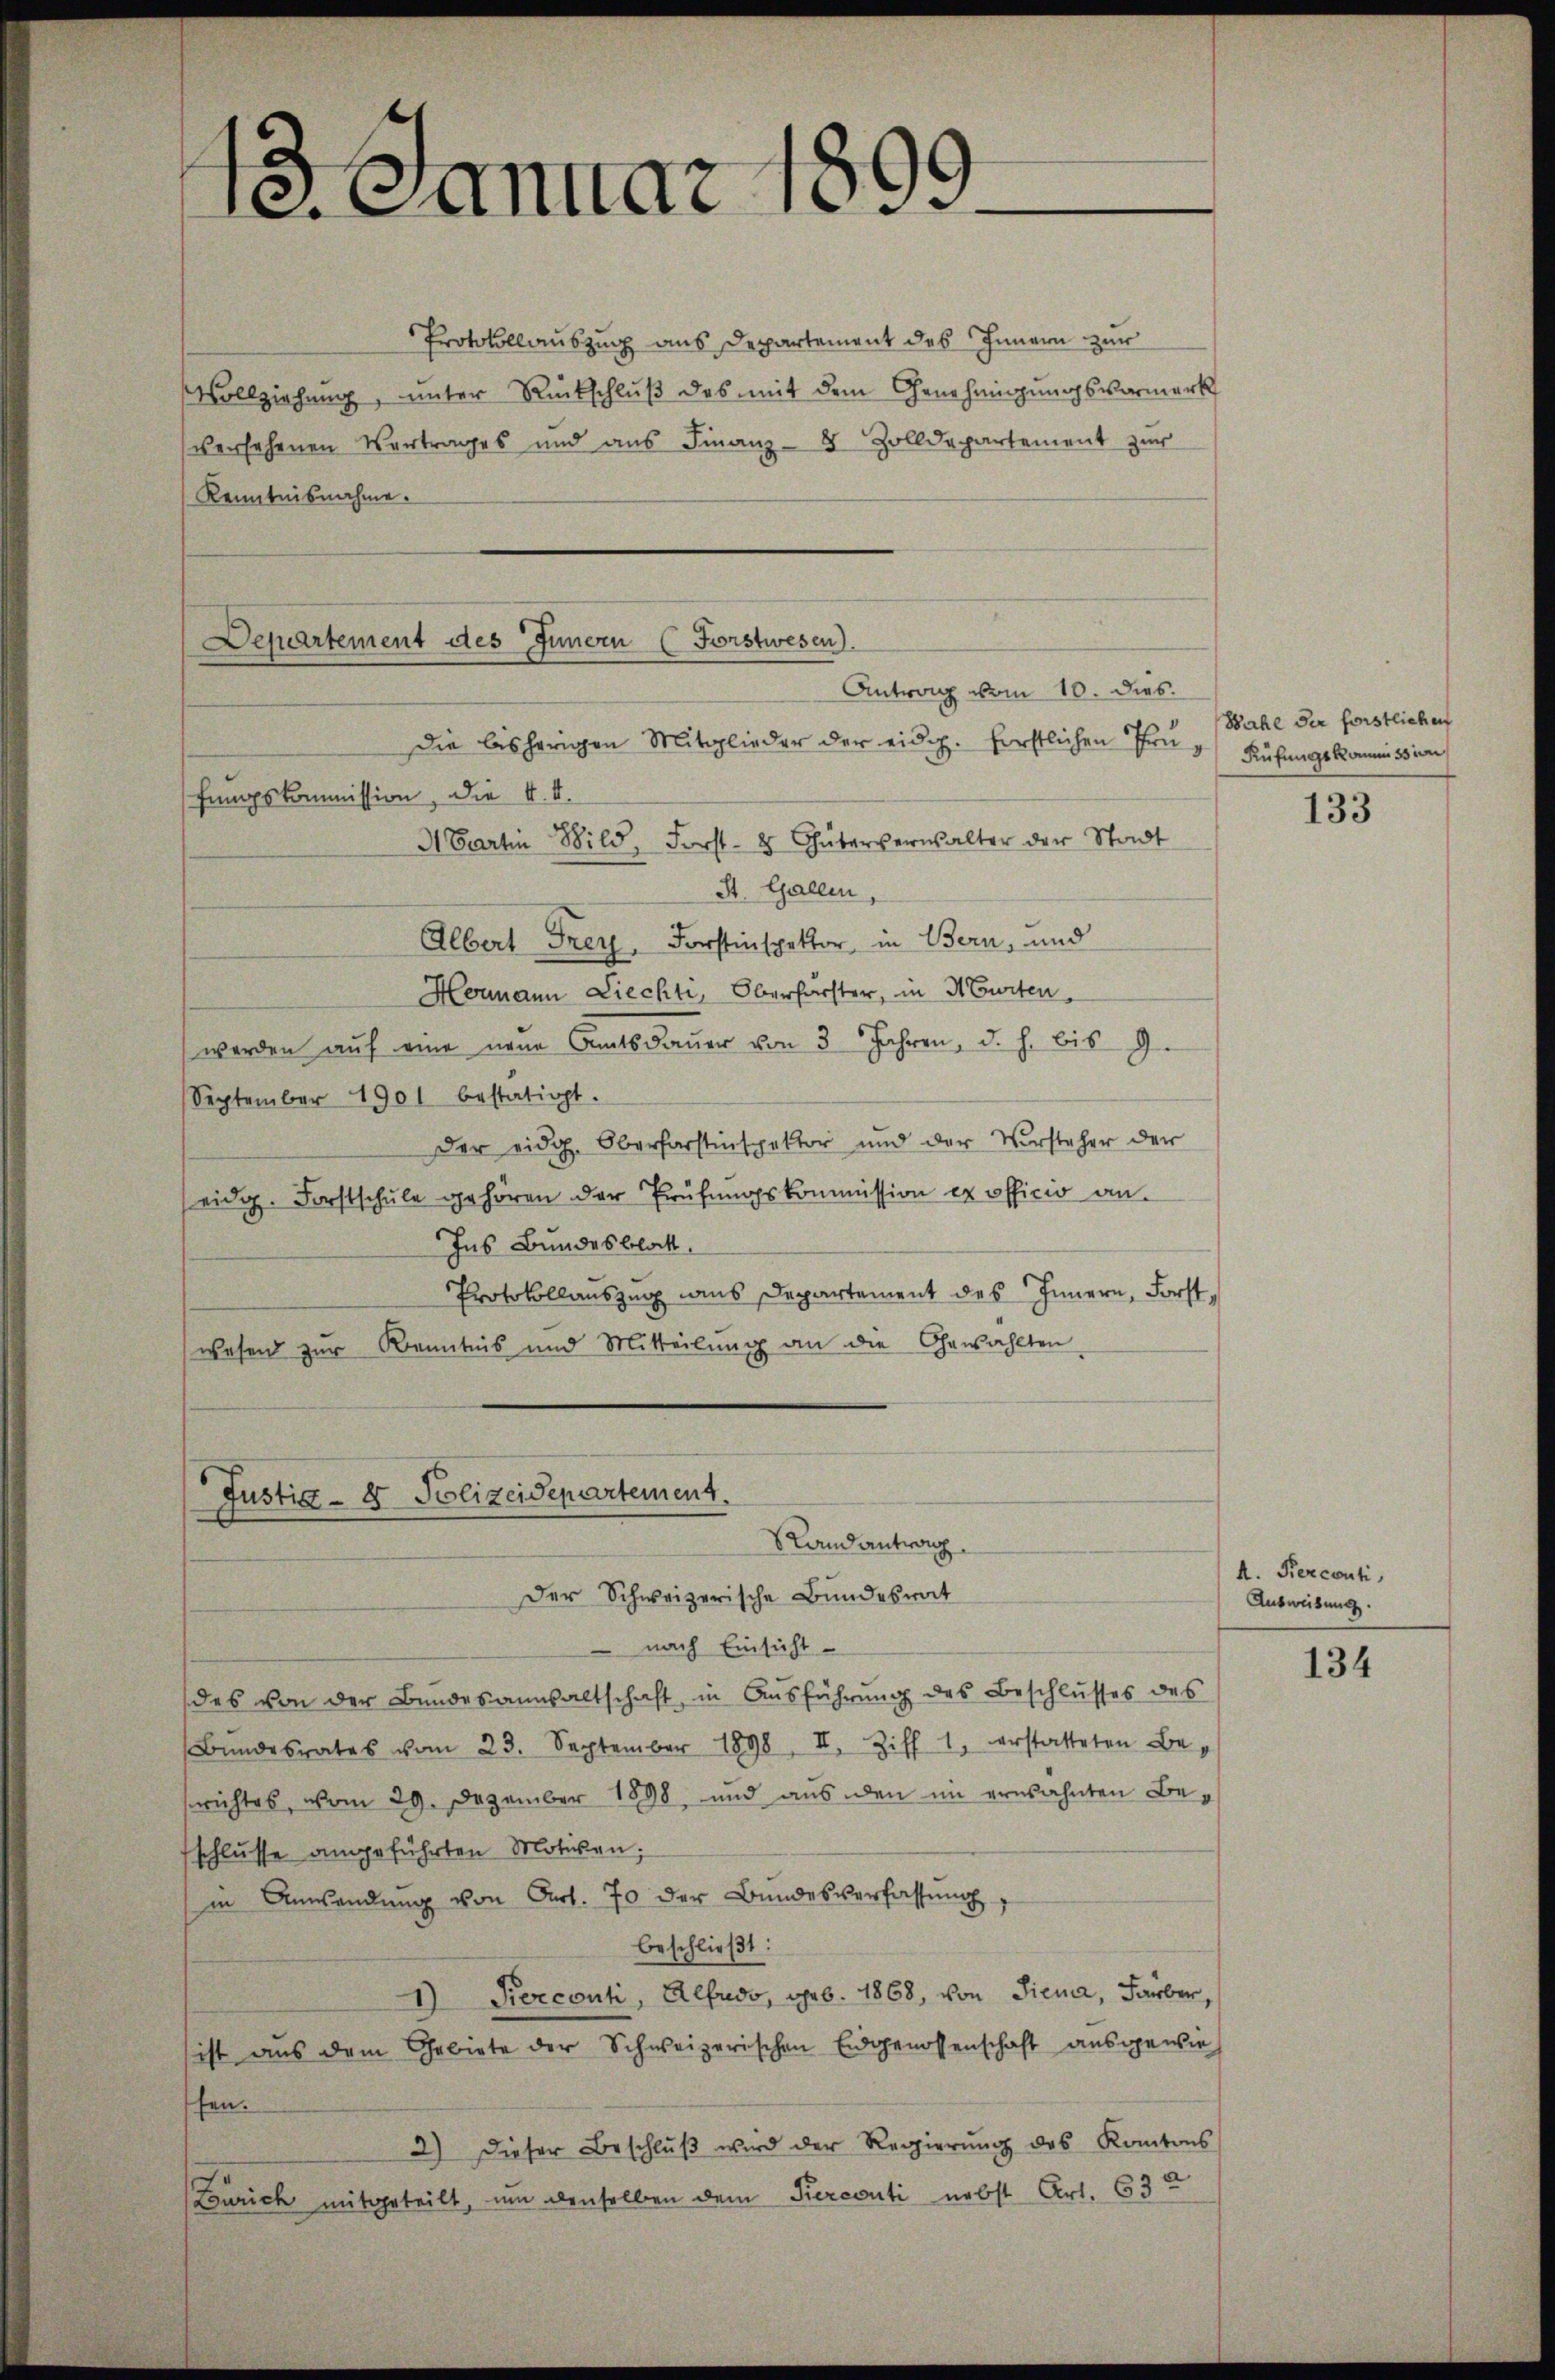
1. Januar 1899.

Departement des Innern (Forstwesen).
Antrag vom 10. dies

Martin Wild, Forst- & Güterverwalter der Stadt

Justiz- & Polizeidepartement.
SLandantrag

Protokollauszug aus Departement des Innern zur
Vollziehung, unter Rückschluß des mit dem Genehmigungsvormerk
versehenen Vertrages und aŭs Finanz- 4 Zolldepartement zur
Kenntnisnahme.

die bisherigen Mitglieder der eidg. Erstlichen Trü, Küfungskommiss von
fungskommission, die K. A.
St. Gallen,
Albert Frey, Forstinspektor in Bern, und
Hermann Liecht, Oberhärster, in Murten,
werden aŭf eine neue Amtsdaŭer von 3 Jahren, d. h. bis 9.
September 1901 bestätigt.
Der eidg. Oberharstinspektor und der Versteher der
eidg. Forstschule gehören der Prüfŭngskommission ex officio an.
Ins Bundesblatt.
Protokollauszug des Departement des Innern, Forstwesen zur Kenntnis und Mitteilung an die Gewählten

Wahl der forstlichen

Der Schweizerische Bundesrat
 nach Einsicht
des von der Bundesanwaltschaft, in Ausführung des Beschlusses des
Bŭndesrates vom 23. September 1898. II. Ziff 1, erstatteten Beerichtes, vom 29. Dezember 1898, und aus den im erwähnten Beschlusse angeführten Motiven,
in Anwendŭng von Art. 70 der Bundesverfassŭng,
beschließt:
) Perconti, Albudo, geb. 1868, von Siena, Färber,
ist aus dem Gebiete der Schweizerischen Eidgenossenschaft ausgewies
fen.
2) dieser Beschlŭβ wird der Regierŭng des Kantons
(Zürich mitgeteilt, um denselben dem Perconti nebst Art. 63

133

A. Percenti
Ausweisung.

134